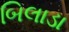
બિલાડા